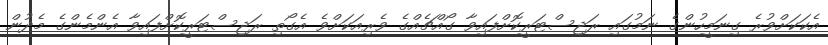
އެކަކަށްވުރެ ގިނަމީހުންގެ ނަމުގައި ރަޖިސްޓަރީކޮށްފައިވާ ގޯއްޗެއްގެ ވެރިއަކަށްވެ އެގޯތި ރަޖިސްޓަރީކޮށްފައިވާ އެންމެންގެ މެދުން